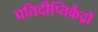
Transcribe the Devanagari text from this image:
प्रतिदीप्तिकेंद्रों